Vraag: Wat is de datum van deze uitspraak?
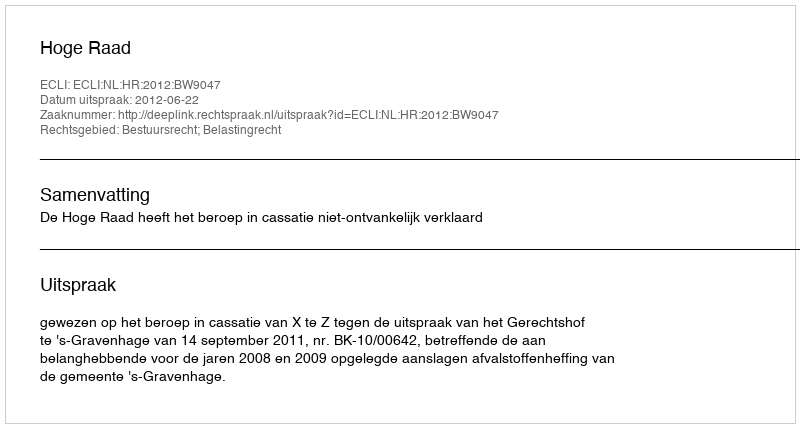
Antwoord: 2012-06-22